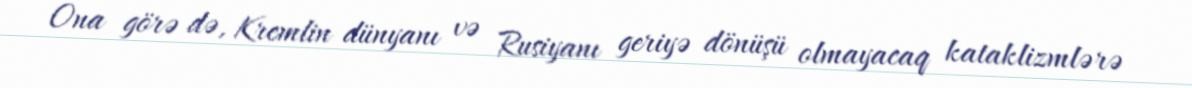
Ona görə də, Kremlin dünyanı və Rusiyanı geriyə dönüşü olmayacaq kataklizmlərə